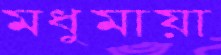
মধুমায়া